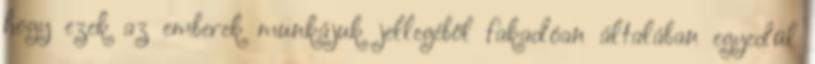
hogy ezek az emberek munkájuk jellegéből fakadóan általában egyedül